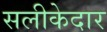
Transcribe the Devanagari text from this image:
सलीकेदार